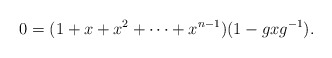
\begin{align*} 0&=(1+x+x^{2}+\cdots+x^{n-1})(1-gxg^{-1}).\end{align*}